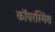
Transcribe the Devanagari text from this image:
कॉपरस्मिथ